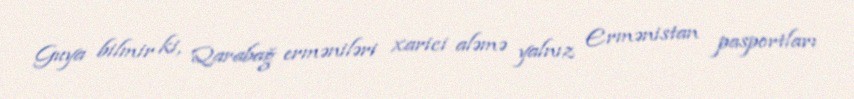
Guya bilmir ki, Qarabağ erməniləri xarici aləmə yalnız Ermənistan pasportları